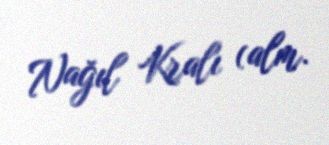
Nağıl Kralı (alm.